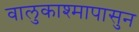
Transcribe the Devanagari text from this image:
वालुकाश्मापासुन